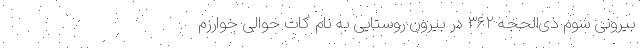
بیرونی سوم ذی‌الحجّه ۳۶۲ در بیرون روستایی به نام کات حوالی خوارزم